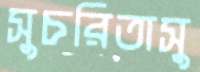
সুচরিতাসু